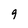
Character: 9